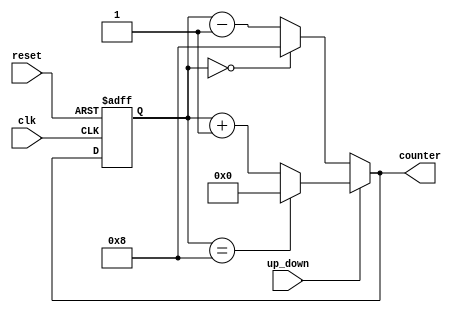
module gray_counter (
    input clk,             //clock input
    input reset,          //reset input
    input up_down,     //control input for counting direction
    output reg [3:0] counter //output of the gray counter
);

// D flip flops to store current state of counter
reg [3:0] current_state;
always @(posedge clk or posedge reset) begin
    if (reset) begin
        current_state <= 4'b0000;
    end else begin
        current_state <= counter;
    end
end

// Logic circuit to control counting direction
always @* begin
    if (up_down) begin
        if (current_state == 4'b1000) begin
            counter = 4'b0000;
        end else begin
            counter = current_state + 1;
        end
    end else begin
        if (current_state == 4'b0000) begin
            counter = 4'b1000;
        end else begin
            counter = current_state - 1;
        end
    end
end

endmodule